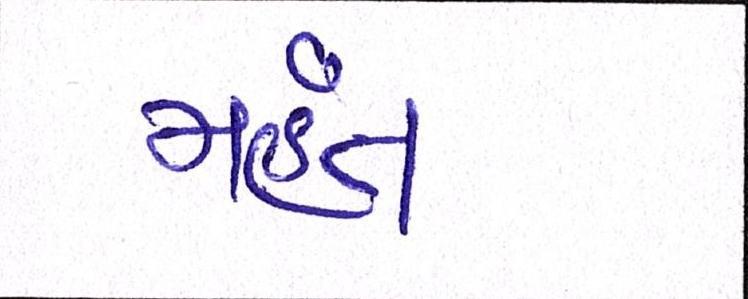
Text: મંહત